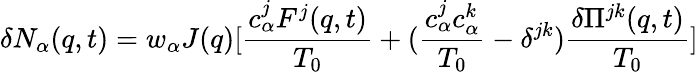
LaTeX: \delta N_{\alpha}({q},t)=w_{\alpha}J({q})[\frac{{c}_{\alpha}^{j}{F}^{j}({q},t)}{T_{0}}+(\frac{{c}_{\alpha}^{j}{c}_{\alpha}^{k}}{T_{0}}-\delta^{jk})\frac{\delta{\Pi}^{jk}({q},t)}{T_{0}}]